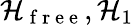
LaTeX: \mathcal{H}_{\mathrm{~f~r~e~e~}},\mathcal{H}_{1}